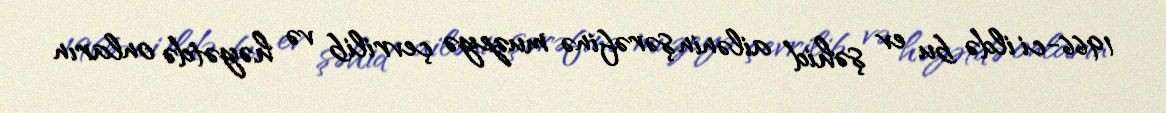
1966-ci ildə bu ev şəhid ailənin şərəfinə muzeyə çevrilib və həyətdə onların